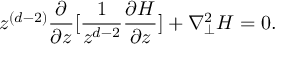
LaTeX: z ^ { ( d - 2 ) } \frac { \partial } { { \partial } z } [ \frac { 1 } { z ^ { d - 2 } } \frac { { \partial } H } { { \partial } z } ] + { \nabla } _ { \perp } ^ { 2 } H = 0 .